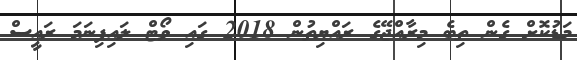
މަޑުކޮށް ގެން ތިބެ މިރާއްޖޭގެ ރައްޔިތުން 2018 ގައި ވޯޓް ލައިފިނަމަ ރައީސް